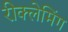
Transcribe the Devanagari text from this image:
रीक्लेमिंग